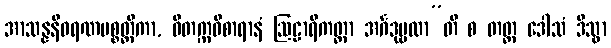
အာသန္နနီဝရဏပစ္စတ္ထိကာ, ဝိတက္ကဝိစာရာနံ ဩဠာရိကတ္တာ အင်္ဂဒုဗ္ဗလာ”တိ စ တတ္ထ ဒေါသံ ဒိသွာ